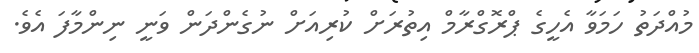
މުއްދަތު ހަމަވާ އެހީގެ ޕްރޮގްރާމް އިތުރަށް ކުރިއަށް ނުގެންދަން ވަނީ ނިންމާފަ އެވެ.